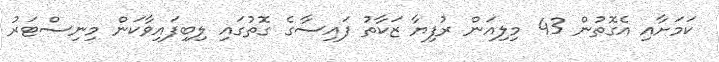
ކަމަށާއި އެގޮތުން 43 މިލިއަން ރުފިޔާ ޒަކާތު ފައިސާގެ ގޮތުގައި ލިބިފައިވާކަން މިނިސްޓަރު